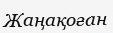
Жаңақоған